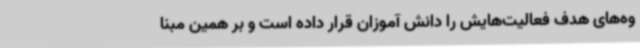
وه‌های هدف فعالیت‌هایش را دانش آموزان قرار داده است و بر همین مبنا